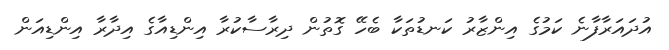
އުދައަރާފާނެ ކަމުގެ އިންޒާރު ކަނޑުތަކާ ބެހޭ ގޮތުން ދިރާސާކުރާ އިންޑިއާގެ އިދާރާ އިންޑިއަން